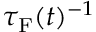
\tau _ { \mathrm { F } } ( t ) ^ { - 1 }